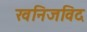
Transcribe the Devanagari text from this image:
खनिजविद